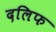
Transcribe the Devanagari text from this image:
दलिफ